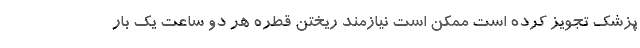
پزشک تجویز کرده است ممکن است نیازمند ریختن قطره هر دو ساعت یک بار